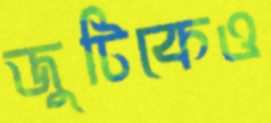
জুটিকেও